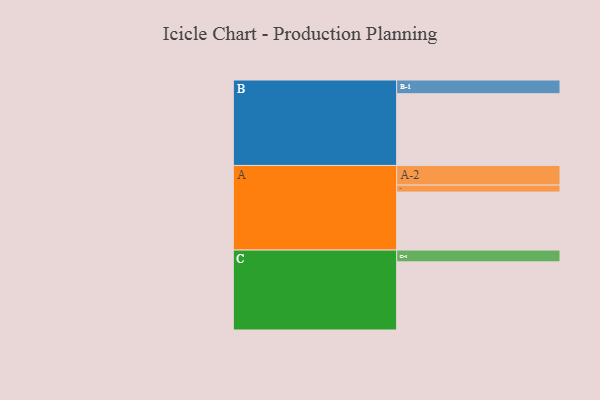
{"axis": {"x": "Segment", "y": "Value"}, "legend": ["", "A", "B", "C"], "data": [{"x": "A", "y": 482, "type": ""}, {"x": "B", "y": 596, "type": ""}, {"x": "C", "y": 566, "type": ""}, {"x": "A-1", "y": 58, "type": "A"}, {"x": "A-2", "y": 163, "type": "A"}, {"x": "B-1", "y": 114, "type": "B"}, {"x": "C-1", "y": 98, "type": "C"}]}